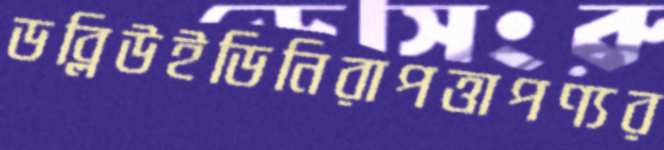
ডব্লিউইডিনিরাপত্তাপণ্যর